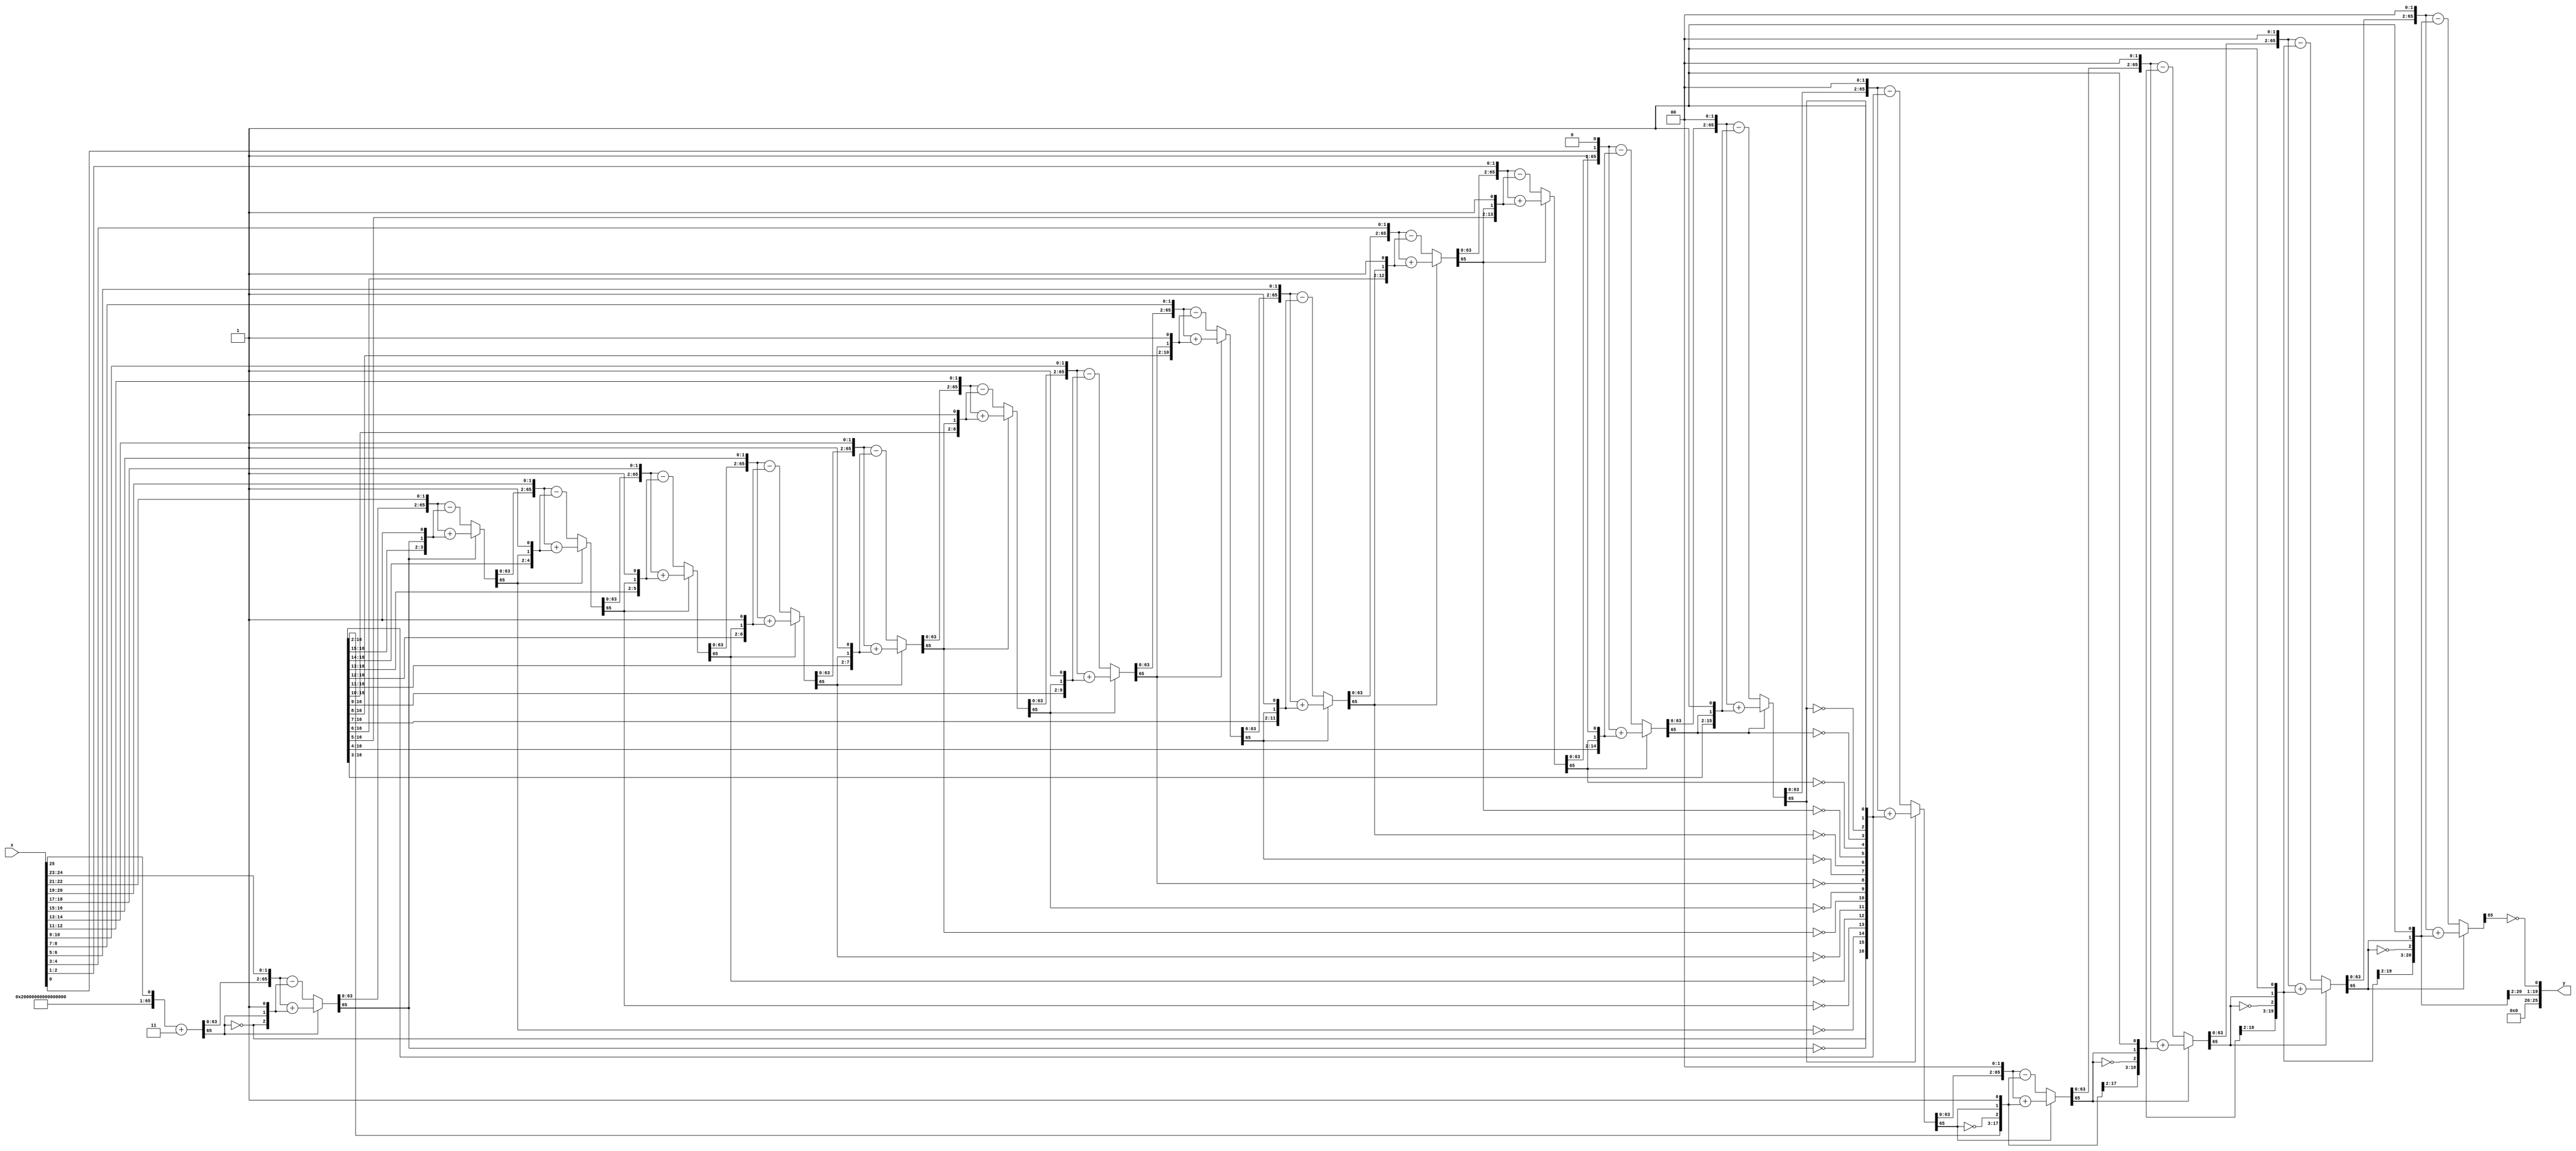
module SQRT(x,y);

input [25:0] x;
output wire [25:0] y;

wire [127:0] x1;
reg [127:0] y1;
reg [127:0] a;
reg [63:0] q;
reg [65:0] left,right,r;
integer i;

assign x1 = x <<< 83;
assign y = y1[60:35];

//assign y1 = x1 ** 0.5;
always @(*)
begin
    //initialize all the variables.
    a = x1;
    q = 0;
    i = 0;
    left = 0;   //input to adder/sub
    right = 0;  //input to adder/sub
    r = 0;      //remainder
    //run the calculations for 64 iterations
    for(i=0;i<64;i=i+1) begin 
        right = {q,r[65],1'b1};
        left = {r[63:0],a[127:126]};
        a = {a[125:0],2'b0};    //left shift by 2 bits
        if (r[65] == 1) //add if r is negative
            r = left + right;
        else    //subtract if r is positive
            r = left - right;
        q = {q[62:0],!r[65]};
    end
    y1 = q;   //final assignment of output
end 

endmodule